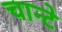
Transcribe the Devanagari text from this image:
चान्टे